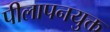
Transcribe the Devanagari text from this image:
पीलापनयुक्त